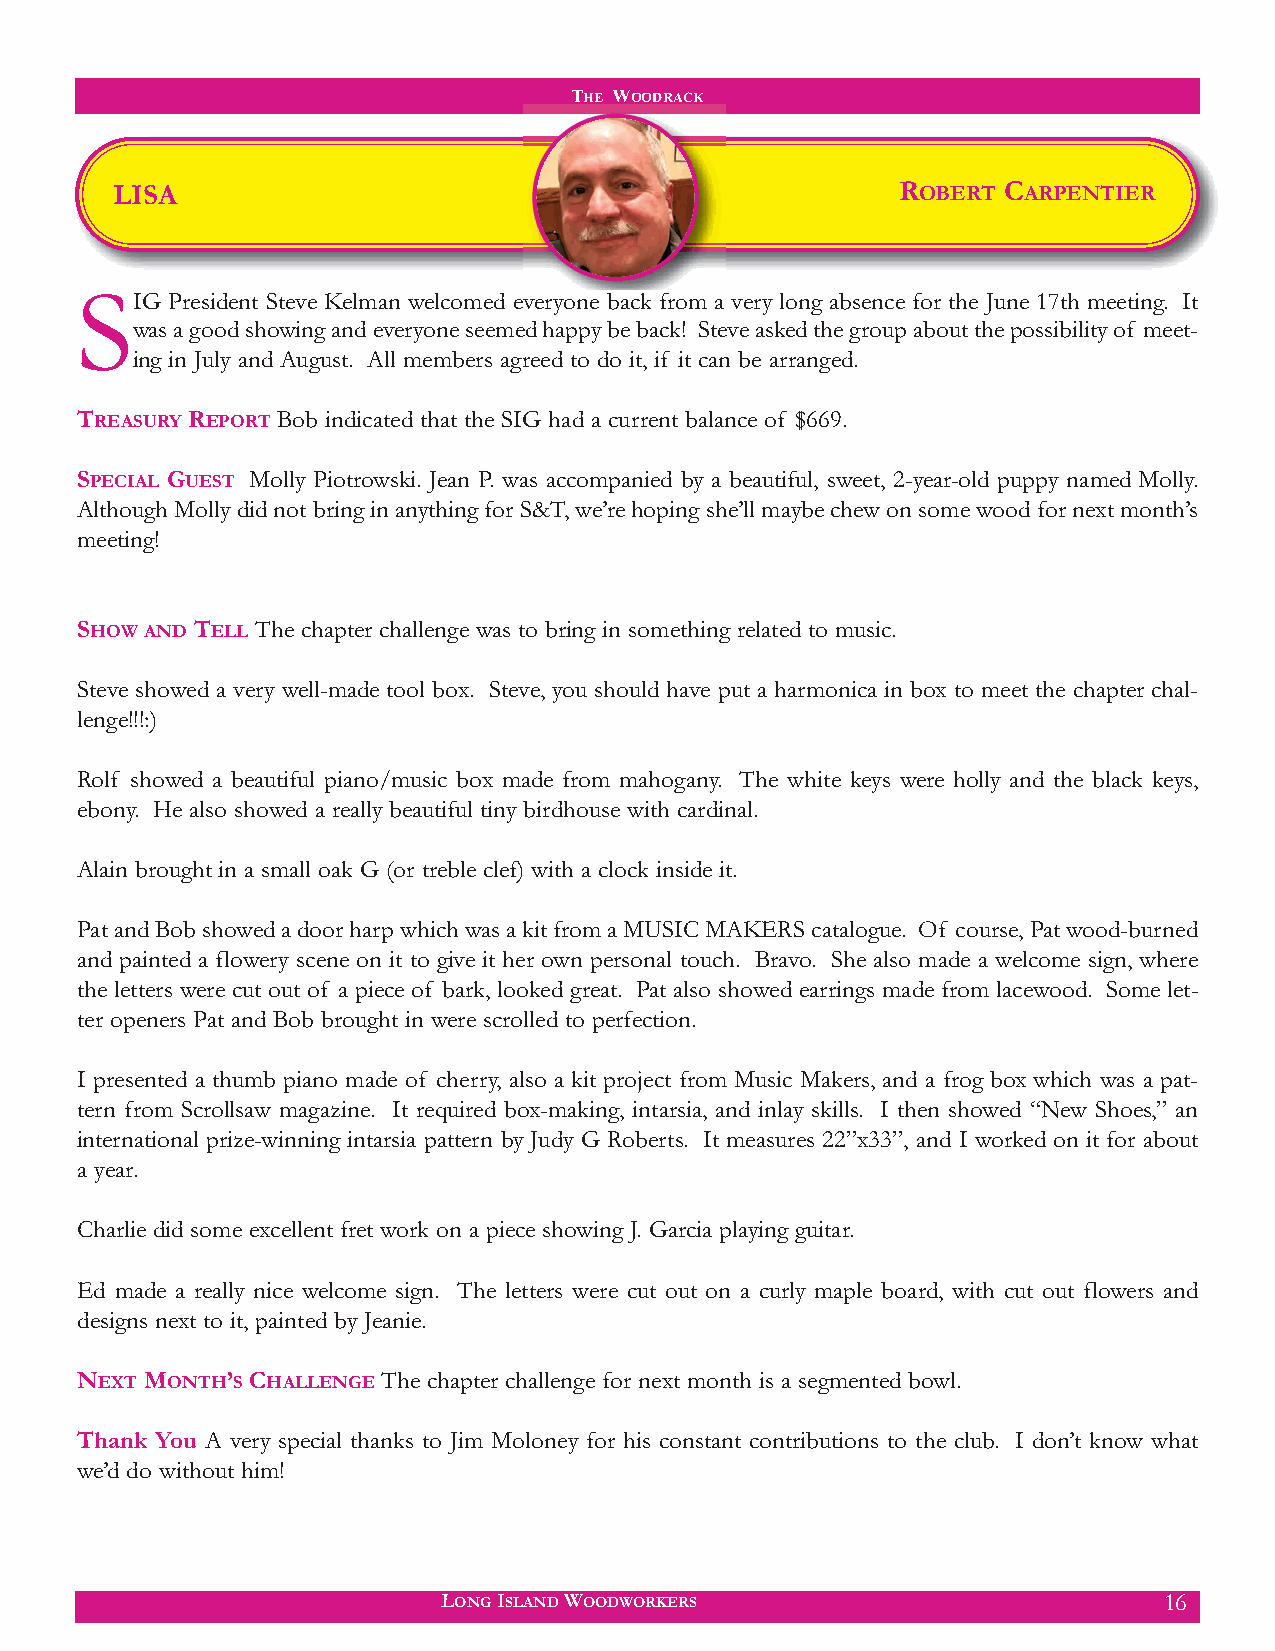
THE WOODRACK
 LISA                                                 ROBERT CARPENTIER
 S
 IG President Steve Kelman welcomed everyone back from a very long absence for the June 17th meeting. It
 was a good showing and everyone seemed happy be back! Steve asked the group about the possibility of meet-
 ing in July and August. All members agreed to do it, if it can be arranged.
 TREASURY REPORT Bob indicated that the SIG had a current balance of $669.
 SPECIAL GUEST Molly Piotrowski. Jean P. was accompanied by a beautiful, sweet, 2-year-old puppy named Molly.
 Although Molly did not bring in anything for S&T, we’re hoping she’ll maybe chew on some wood for next month’s
 meeting!
 SHOW AND TELL The chapter challenge was to bring in something related to music.
 Steve showed a very well-made tool box. Steve, you should have put a harmonica in box to meet the chapter chal-
 lenge!!!:)
 Rolf showed a beautiful piano/music box made from mahogany. The white keys were holly and the black keys,
 ebony. He also showed a really beautiful tiny birdhouse with cardinal.
 Alain brought in a small oak G (or treble clef) with a clock inside it.
 Pat and Bob showed a door harp which was a kit from a MUSIC MAKERS catalogue. Of course, Pat wood-burned
 and painted a flowery scene on it to give it her own personal touch. Bravo. She also made a welcome sign, where
 the letters were cut out of a piece of bark, looked great. Pat also showed earrings made from lacewood. Some let-
 ter openers Pat and Bob brought in were scrolled to perfection.
 I presented a thumb piano made of cherry, also a kit project from Music Makers, and a frog box which was a pat-
 tern from Scrollsaw magazine. It required box-making, intarsia, and inlay skills. I then showed “New Shoes,” an
 international prize-winning intarsia pattern by Judy G Roberts. It measures 22”x33”, and I worked on it for about
 a year.
 Charlie did some excellent fret work on a piece showing J. Garcia playing guitar.
 Ed made a really nice welcome sign. The letters were cut out on a curly maple board, with cut out flowers and
 designs next to it, painted by Jeanie.
 NEXT MONTH’S CHALLENGE The chapter challenge for next month is a segmented bowl.
 Thank You A very special thanks to Jim Moloney for his constant contributions to the club. I don’t know what
 we’d do without him!
 LONG ISLAND WOODWORKERS                         16